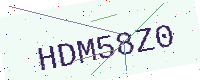
Text: HDM58Z0